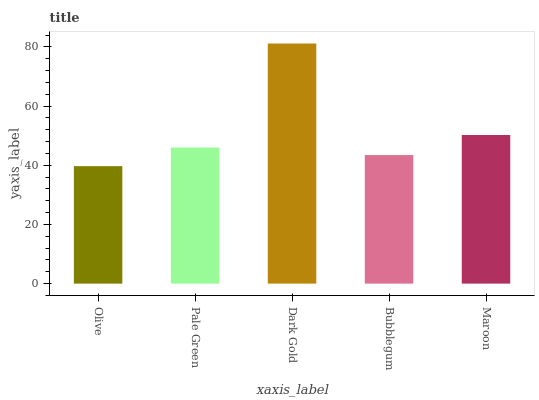
| xaxis_label | bars |
 | --- | --- |
 | Olive | 39.7 |
 | Pale Green | 46 |
 | Dark Gold | 81.1 |
 | Bubblegum | 43.4 |
 | Maroon | 50.2 |